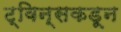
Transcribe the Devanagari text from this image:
ट्विन्सकडून